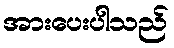
အားပေးပါသည်